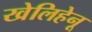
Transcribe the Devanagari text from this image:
खेलिहेनू